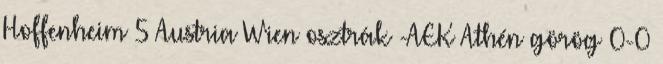
Hoffenheim 5 Austria Wien osztrák -AEK Athén görög 0-0